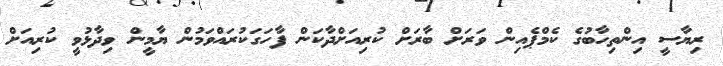
ރިޔާސީ އިންތިހާބުގެ ކެމްޕެއިން ވަރަށް ބާރަށް ކުރިއަށްދާކަން ފާހަގަކުރައްވަމުން ޔާމީން ވިދާޅުވީ ކުރިއަށް